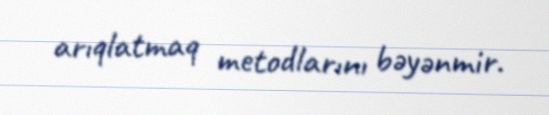
arıqlatmaq metodlarını bəyənmir.